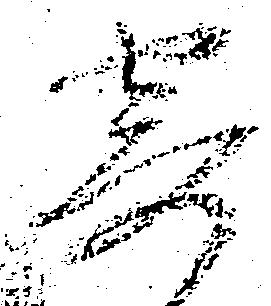
寄